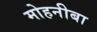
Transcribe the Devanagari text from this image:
मोहनीबा